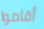
أقاموا